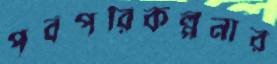
পূর্বপরিকল্পনার